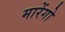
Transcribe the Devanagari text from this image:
मारेंगो